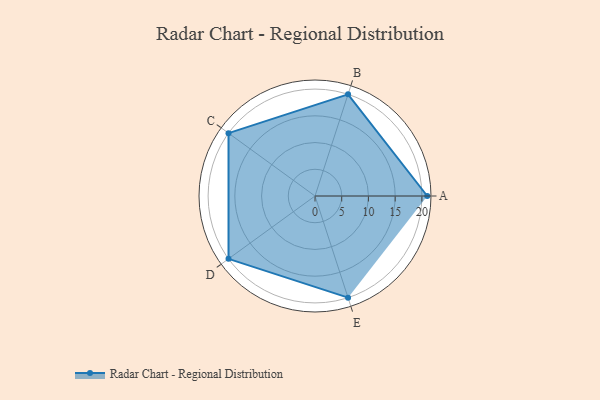
{"axis": {"x": "Skill", "y": "Score"}, "legend": ["Profile"], "data": [{"x": "A", "y": 21.0, "type": "Profile"}, {"x": "B", "y": 20, "type": "Profile"}, {"x": "C", "y": 20, "type": "Profile"}, {"x": "D", "y": 20, "type": "Profile"}, {"x": "E", "y": 20, "type": "Profile"}]}